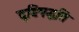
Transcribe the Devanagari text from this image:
दृष्टिपद्धति